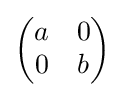
{\begin{pmatrix}a&0\\0&b\end{pmatrix}}